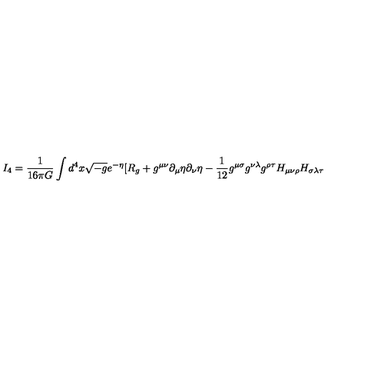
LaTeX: I _ { 4 } = \frac { 1 } { 1 6 \pi G } \int d ^ { 4 } x \sqrt { - g } e ^ { - \eta } [ R _ { g } + g ^ { \mu \nu } \partial _ { \mu } \eta \partial _ { \nu } \eta - \frac { 1 } { 1 2 } g ^ { \mu \sigma } g ^ { \nu \lambda } g ^ { \rho \tau } H _ { \mu \nu \rho } H _ { \sigma \lambda \tau }